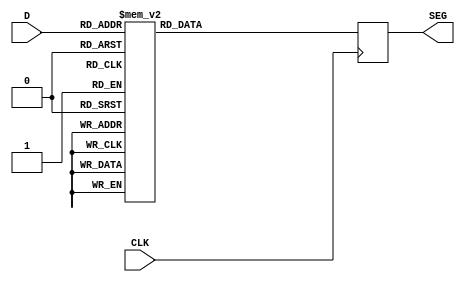
module decoder_7_seg(
	input CLK,
   input [3:0] D,
   output reg [7:0] SEG
   );

always @(posedge CLK) 
begin
	case(D)
    4'd0: SEG <= 8'b00000011;
    4'd1: SEG <= 8'b10011111; 
    4'd2: SEG <= 8'b00100101;
    4'd3: SEG <= 8'b00001101;
    4'd4: SEG <= 8'b10011001;
    4'd5: SEG <= 8'b01001001;
    4'd6: SEG <= 8'b01000001;
    4'd7: SEG <= 8'b00011111;
    4'd8: SEG <= 8'b00000001;
    4'd9: SEG <= 8'b00001001;
    default: SEG <= 8'b11111111;
	endcase
end

endmodule